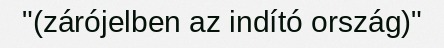
"(zárójelben az indító ország)"